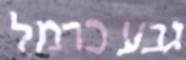
גבע כרמל